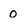
Character: 0